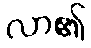
လာ၏